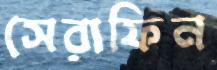
সেরাফিন